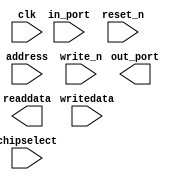
// This program was cloned from: https://github.com/stanford-ppl/spatial-lang
// License: MIT License

module ghrd_10as066n2_led_pio (
		input  wire        clk,        //                 clk.clk
		input  wire [3:0]  in_port,    // external_connection.in_port
		output wire [3:0]  out_port,   //                    .out_port
		input  wire        reset_n,    //               reset.reset_n
		input  wire [1:0]  address,    //                  s1.address
		input  wire        write_n,    //                    .write_n
		input  wire [31:0] writedata,  //                    .writedata
		input  wire        chipselect, //                    .chipselect
		output wire [31:0] readdata    //                    .readdata
	);
endmodule